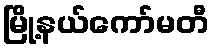
မြို့နယ်ကော်မတီ